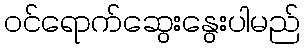
ဝင်ရောက်ဆွေးနွေးပါမည်